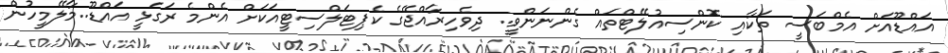
އައްޑޫއަށް އެމްބަސީ ތަކާއި ކޮންސިއުލޭޓްތައް ގެންނަންވީ.. ދިވެހިރާއްޖޭގެ ކެޕިޓަލްސިޓީއަކަށް އެންމެ ރަގަޅީ އައްޑޫ..މާލޭމީހުން